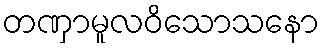
တဏှာမူလဝိသောသနော